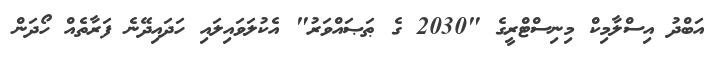
އަބްދު އިސްލާމިކް މިނިސްޓްރީގެ "2030 ގެ ޠަޞައްވަރު" އެކުލަވައިލައި ހަދައިދޭނެ ފަރާތެއް ހޯދަން